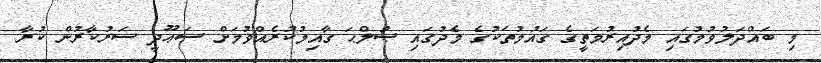
މި ބައްދަލުވުމުގައި މެދުއިރުމަތީގެ ގައުމުތަކުގެ މެދުގައި ޞުލްޙަ ގާއިމުކުރެއްވުމަށް ސަޢޫދީ ސަރުކާރުން ކުރާ